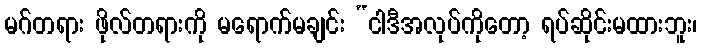
မဂ်တရား ဖိုလ်တရားကို မရောက်မချင်း “ငါဒီအလုပ်ကိုတော့ ရပ်ဆိုင်းမထားဘူး၊